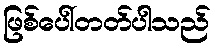
ဖြစ်ပေါ်တတ်ပါသည်